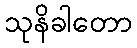
သုနိခါတော